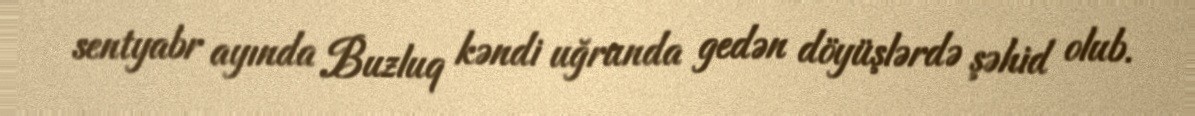
sentyabr ayında Buzluq kəndi uğrunda gedən döyüşlərdə şəhid olub.